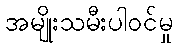
အမျိုးသမီးပါဝင်မှု